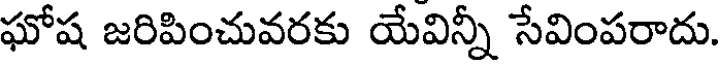
ఘోష జరిపించువరకు యేవిన్నీ సేవింపరాదు.